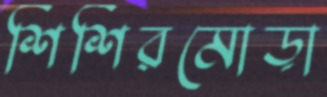
শিশিরমোড়া